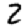
Digit: 2